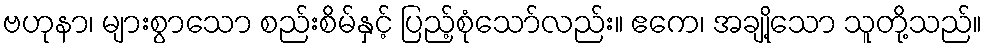
ဗဟုနာ၊ များစွာသော စည်းစိမ်နှင့် ပြည့်စုံသော်လည်း။ ဧကေ၊ အချို့သော သူတို့သည်။